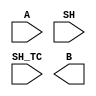
////////////////////////////////////////////////////////////////////////////////
//
//       This confidential and proprietary software may be used only
//     as authorized by a licensing agreement from Synopsys Inc.
//     In the event of publication, the following notice is applicable:
//
//                    (C) COPYRIGHT 2006 - 2018 SYNOPSYS INC.
//                           ALL RIGHTS RESERVED
//
//       The entire notice above must be reproduced on all authorized
//     copies.
//
//
// VERSION:   Simulation Architecture
//
// DesignWare_version: 2c4de11c
// DesignWare_release: O-2018.06-DWBB_201806.3
//
////////////////////////////////////////////////////////////////////////////////
//----------------------------------------------------------------------------
//
// ABSTRACT: Arithmetic Left Shifter - VHDL style
//           This component performs left and right shifting.
//           When SH_TC = '0', the shift coefficient SH is interpreted as a
//           positive unsigned number and only left shifts are performed.
//           When SH_TC = '1', the shift coefficient SH is a signed two's
//           complement number. A negative coefficient indicates
//           a right shift (division) and a positive coefficient indicates
//           a left shift (multiplication).
//           The input data A is always considered a signed value.
//           The MSB on A is extended when shifted to the right, and the 
//           LSB on A is extended when shifting to the left.
//
// MODIFIED: 
//           3/8/07: Based on the information in STAR 9000124138 (related
//                   to DW_rash, a fix was included in the selecop command
//                   used when SH_TC=1 and SH_width = 1 --> both input 
//                   ops of the selectop operator must be signed.
//
//----------------------------------------------------------------------------

module DW_sla(A, SH, SH_TC, B);
  parameter integer A_width=4;
  parameter integer SH_width=2;

  input [A_width-1:0] A;
  input [SH_width-1:0] SH;
  input SH_TC;
   
  output [A_width-1:0] B;

  // synopsys translate_off
      
  //-------------------------------------------------------------------------
  // Parameter legality check
  //-------------------------------------------------------------------------

  
 
  initial begin : parameter_check
    integer param_err_flg;

    param_err_flg = 0;
    
  
    if (A_width < 2) begin
      param_err_flg = 1;
      $display(
	"ERROR: %m :\n  Invalid value (%d) for parameter A_width (lower bound: 2)",
	A_width );
    end
  
    if (SH_width < 1) begin
      param_err_flg = 1;
      $display(
	"ERROR: %m :\n  Invalid value (%d) for parameter SH_width (lower bound: 1)",
	SH_width );
    end 
  
    if ( param_err_flg == 1) begin
      $display(
        "%m :\n  Simulation aborted due to invalid parameter value(s)");
      $finish;
    end

  end // parameter_check 


  reg [A_width-1:0] B_INT;
  reg [A_width-1:0] mask;
 
  always @ (A or SH or SH_TC)
  begin
    mask = {A_width{1'b1}};
    if ((SH_TC === 1'bx) | ((^A) === 1'bx) | ((^SH) === 1'bx) )
      B_INT = {A_width{1'bx}};
    else
      begin
        if ((SH_TC === 1'b0) | (SH[SH_width-1] === 1'b0))
          begin
            B_INT = A << SH;
            B_INT = B_INT | (~(mask << SH) & {A_width{A[0]}});
          end
        else
          if (SH_width === 1) 
            B_INT = (SH === 1)?$signed(A) >>> 1:$signed(A);
          else
            B_INT = ($signed(A) >>> ~SH) >>> 1;
      end
  end

  assign B = B_INT;
  // synopsys translate_on

endmodule